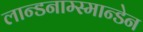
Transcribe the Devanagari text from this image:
लान्डनाम्स्मान्डेन